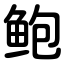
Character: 鲍